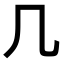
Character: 几